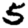
Digit: 5